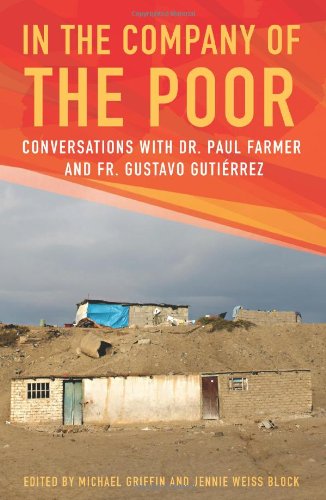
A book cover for In the Company of the Poor: Conversations with Dr. Paul Farmer and Fr. Gustavo Gutierrez; Paul Farmer; Christian Books & Bibles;